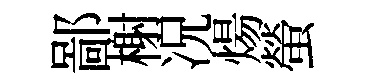
鄙榭况煬螢